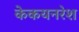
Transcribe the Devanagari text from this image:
केकयनरेश